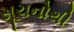
સૂચનોથી